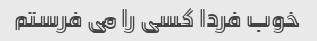
خوب فردا کسی را می فرستم